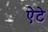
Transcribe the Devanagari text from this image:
ऐटे